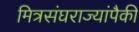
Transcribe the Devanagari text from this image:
मित्रसंघराज्यांपैकी